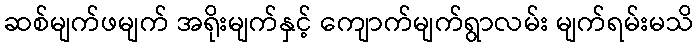
ဆစ်မျက်ဖမျက် အရိုးမျက်နှင့် ကျောက်မျက်ရွာလမ်း မျက်ရမ်းမသိ